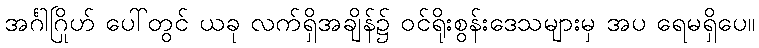
အင်္ဂါဂြိုဟ် ပေါ်တွင် ယခု လက်ရှိအချိန်၌ ဝင်ရိုးစွန်းဒေသများမှ အပ ရေမရှိပေ။